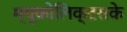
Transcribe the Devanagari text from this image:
म्यूकोलिक्टसके